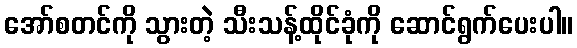
အော်စတင်ကို သွားတဲ့ သီးသန့်ထိုင်ခုံကို ဆောင်ရွက်ပေးပါ။